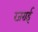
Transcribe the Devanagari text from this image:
रजराई